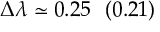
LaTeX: \Delta \lambda \simeq 0 . 2 5 ~ ~ ( 0 . 2 1 )